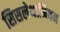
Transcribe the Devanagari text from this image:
सिसलेथानियन